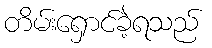
တိမ်းရှောင်ခဲ့ရသည်